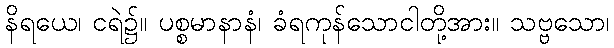
နိရယေ၊ ငရဲ၌။ ပစ္စမာနာနံ၊ ခံရကုန်သောငါတို့အား။ သဗ္ဗသော၊